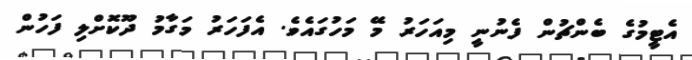
އެޓީމުގެ ބެންޗުން ފެނުނީ މިއަހަރު މޭ މަހުގައެވެ. އެފަހަރު މަގާމު ދޫކޮށްލި ފަހުން